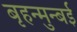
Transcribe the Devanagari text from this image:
बृहन्मुन्बई